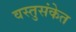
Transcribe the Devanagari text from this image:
वस्तुसंकेत